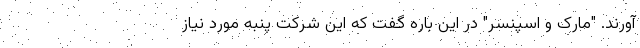
آورند. "مارک و اسپنسر" در این باره گفت که این شرکت پنبه مورد نیاز